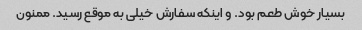
بسیار خوش طعم بود. و اینکه سفارش خیلی به موقع رسید. ممنون